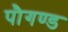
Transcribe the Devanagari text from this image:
पौगण्ड